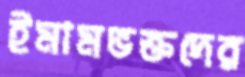
ইমামভক্তদের